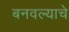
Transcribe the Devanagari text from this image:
बनवल्याचे